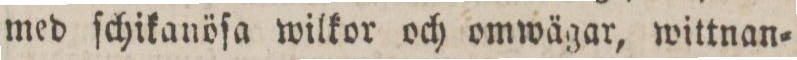
med ſchikanöſa wilkor och omwägar, wittnan=